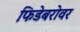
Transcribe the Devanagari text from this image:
फिडेबरोवर